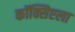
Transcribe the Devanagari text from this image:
कॉक्सिएला